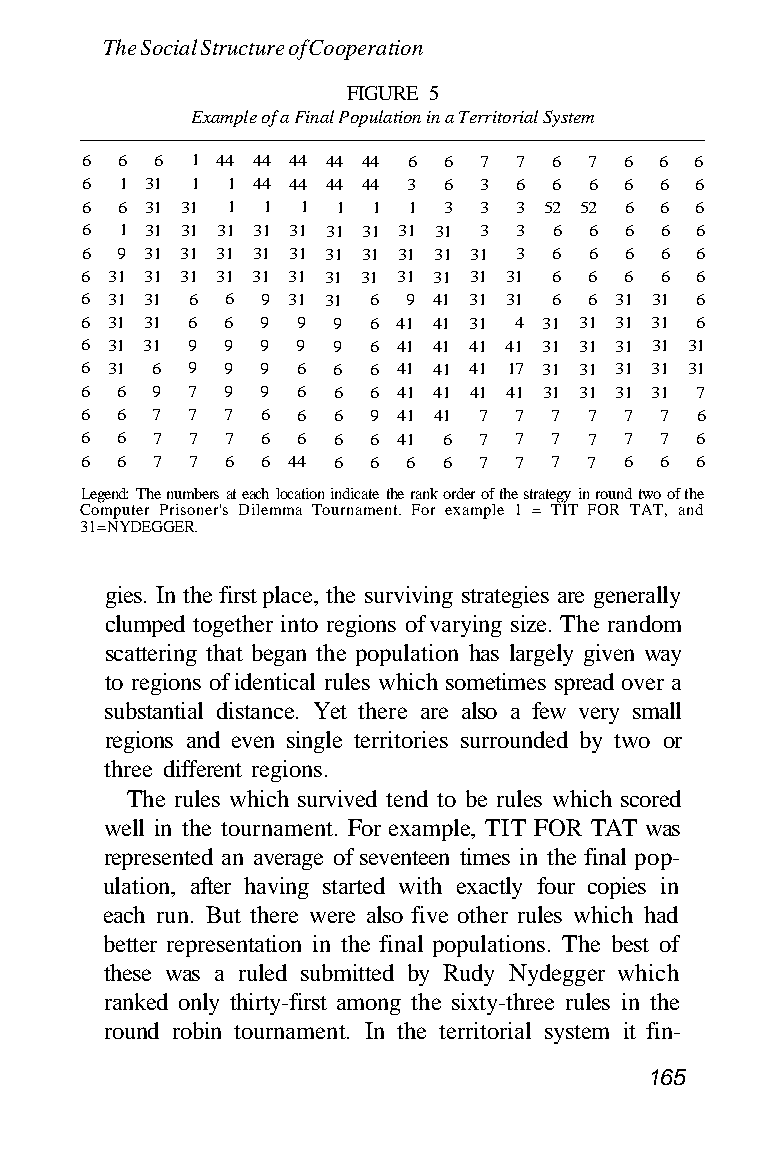
The Social Structure of Cooperation
 FIGURE 5
 Example of a Final Population in a Territorial System
 6  6 6  1 44 44 44 44 44 6 6 7 7 6 7 6 6 6
 6  1 31 1 1 44 44 44 44 3 6 3 6 6 6 6  6 6
 6  6 31 31 1 1 1 1  1 1 3  3 3 52 52 6 6 6
 6  1 31 31 31 31 31 31 31 31 31 3 3 6 6 6 6 6
 6  9 31 31 31 31 31 31 31 31 31 31 3 6 6 6 6 6
 6 31 31 31 31 31 31 31 31 31 31 31 31 6 6 6 6 6
 6 31 31 6 6 9 31 31 6 9 41 31 31 6 6 31 31 6
 6 31 31 6 6 9  9 9 6 41 41 31 4 31 31 31 31 6
 6 31 31 9 9 9  9 9 6 41 41 41 41 31 31 31 31 31
 6 31 6 9  9 9  6 6 6 41 41 41 17 31 31 31 31 31
 6  6 9 7  9 9  6 6 6 41 41 41 41 31 31 31 31 7
 6  6 7 7  7 6  6 6 9 41 41 7 7 7  7 7  7 6
 6  6 7 7  7 6  6 6 6 41 6  7 7 7  7 7  7 6
 6  6 7 7  6 6 44 6 6  6 6  7 7 7  7 6  6 6
 Legend: The numbers at each location indicate the rank order of the strategy in round two of the
 Computer Prisoner's Dilemma Tournament. For example 1 = TIT FOR TAT, and
 31 = NYDEGGER.
 gies. In the first place, the surviving strategies are generally
 clumped together into regions of varying size. The random
 scattering that began the population has largely given way
 to regions of identical rules which sometimes spread over a
 substantial distance. Yet there are also a few very small
 regions and even single territories surrounded by two or
 three different regions.
 The rules which survived tend to be rules which scored
 well in the tournament. For example, TIT FOR TAT was
 represented an average of seventeen times in the final pop-
 ulation, after having started with exactly four copies in
 each run. But there were also five other rules which had
 better representation in the final populations. The best of
 these was a ruled submitted by Rudy Nydegger which
 ranked only thirty-first among the sixty-three rules in the
 round robin tournament. In the territorial system it fin-
 165